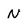
Character: N